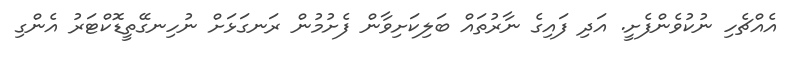
އެއްޗެހި ނުކުވެންފެށީ. އަދި ފައިގެ ނާރުތައް ބަލިކަށިވާން ފެށުމުން ރަނގަޅަށް ނުހިނގޭތީޑޮކްޓަރު އެންގި